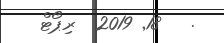
.   18